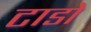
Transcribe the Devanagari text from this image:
टाडो